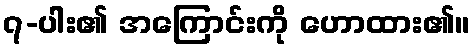
၇-ပါး၏ အကြောင်းကို ဟောထား၏။